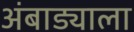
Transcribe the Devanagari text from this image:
अंबाड्याला